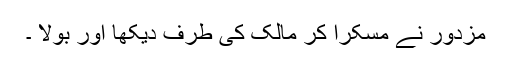
مزدور نے مسکرا کر مالک کی طرف دیکھا اور بولا ۔